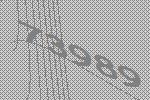
73989